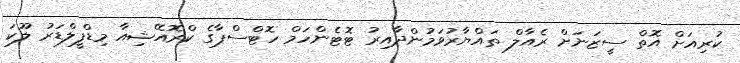
ކުރިއަށް އޮތް ސީޒަނަށް ރެއާލް ތައްޔާރުވަމުންދާއިރު ޓޮޓެންހަމް ހޮޓްސްޕާގެ ކްރޮއޭޝިއާ މިޑްފީލްޑަރު ލޫކަ